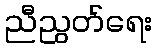
ညီညွတ်ရေး